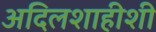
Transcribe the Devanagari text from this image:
अदिलशाहीशी